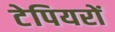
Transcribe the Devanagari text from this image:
टेपियरों